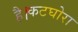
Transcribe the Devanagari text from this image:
है।कटघोरा